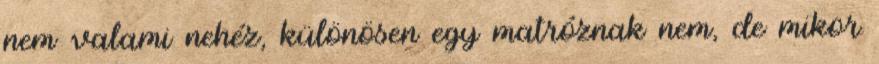
nem valami nehéz, különösen egy matróznak nem, de mikor